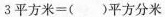
3平方米=()平方分米